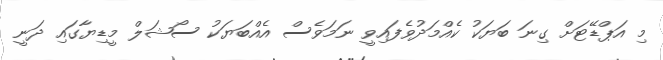
މި އަޕްޑޭޓަށް ގިނަ ބަޔަކު ކެއްމަދުވެފައިވީ ނަމަވެސް އެއްބަޔަކު ސޯޝަލް މީޑިޔާގައި ދަނީ